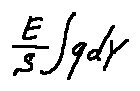
\frac { E } { S } \int q d Y